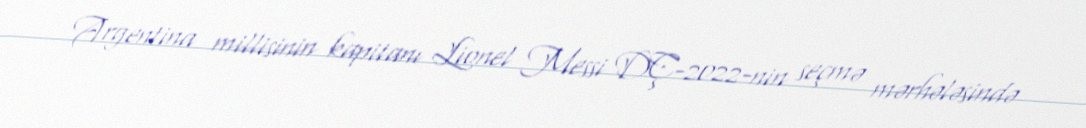
Argentina millisinin kapitanı Lionel Messi DÇ-2022-nin seçmə mərhələsində